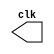
// ------------------------- 
// Exemplo0044  CLOCK
// Nome: Debora Amaral Chaves 
// ------------------------- 

// --------------------------- 
// -- test clock generator (1) 
// --------------------------- 
 
module clock ( clk ); 
 output clk; 
 reg      clk; 
 
 initial 
  begin 
   clk = 1'b0; 
  end 
 
 always 
  begin 
   #24 clk = ~clk; 
  end 
 
endmodule // clock ( ) 
 
module Exemplo0044; 
 
 wire  clk; 
 clock CLK1 ( clk ); 
 
 initial begin 
  $dumpfile ( "G:/PenDrive/PUC/2periodo/AC/Guia06/Exemplo0044.vcd" ); 
  $dumpvars; 
 
  #120 $finish; 
 end 
 
endmodule // Exemplo044 ( )